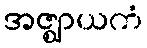
အဇ္ဈာယကံ